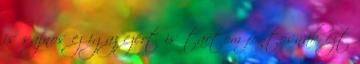
is sajnos ez igaz ezért is tartom fontosnak ezt